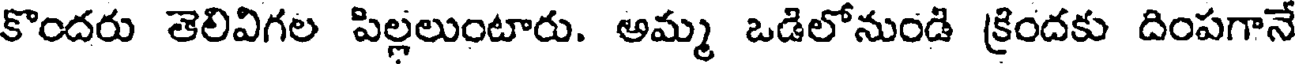
కొందరు తెలివిగల పిల్లలుంటారు. అమ్మ ఒడిలోనుండి క్రిందకు దింపగానే